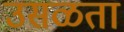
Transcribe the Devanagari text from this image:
उसळता